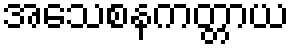
အသေစနကတ္တာယ